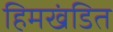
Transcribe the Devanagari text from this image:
हिमखंडित